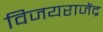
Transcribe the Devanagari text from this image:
विजयराजेंद्र